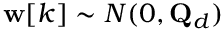
\mathbf { w } [ k ] \sim N ( 0 , \mathbf { Q } _ { d } )